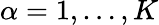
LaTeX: \alpha=1,\ldots,K